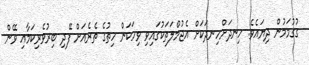
ގުގުމަމުން ދިޔައެވެ. ހިނދަށްހިނދަކަށް އެޖުމްލަތަކުގައިވި ވިހަކަން ހިތުގެ ތެރެއަށް ފޭދި ބިރުވެރިކަމާއި ވޭން